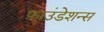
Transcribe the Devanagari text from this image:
फ़ाउंडेशन्स